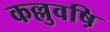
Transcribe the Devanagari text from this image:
कल्लुवष़ि